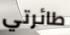
طائرتي